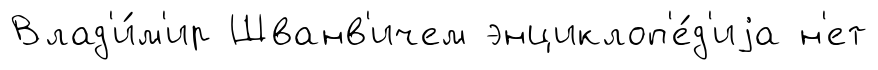
Влад'и́м'ир Шванв'ичем энциклоп'е́д'иjа н'ет